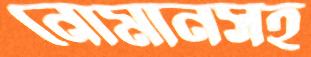
নোমানসহ